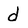
Character: d